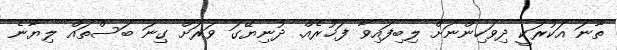
ތާނަ އަކުރަކީ ދިވަހިންނަށް ލިބިފައިވާ ފަޚުރެއް. ދުނިޔޭގަ ވަރަށް ގިނަ ބަސްތައް ލިޔާނެ